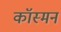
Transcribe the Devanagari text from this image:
कॉस्मन